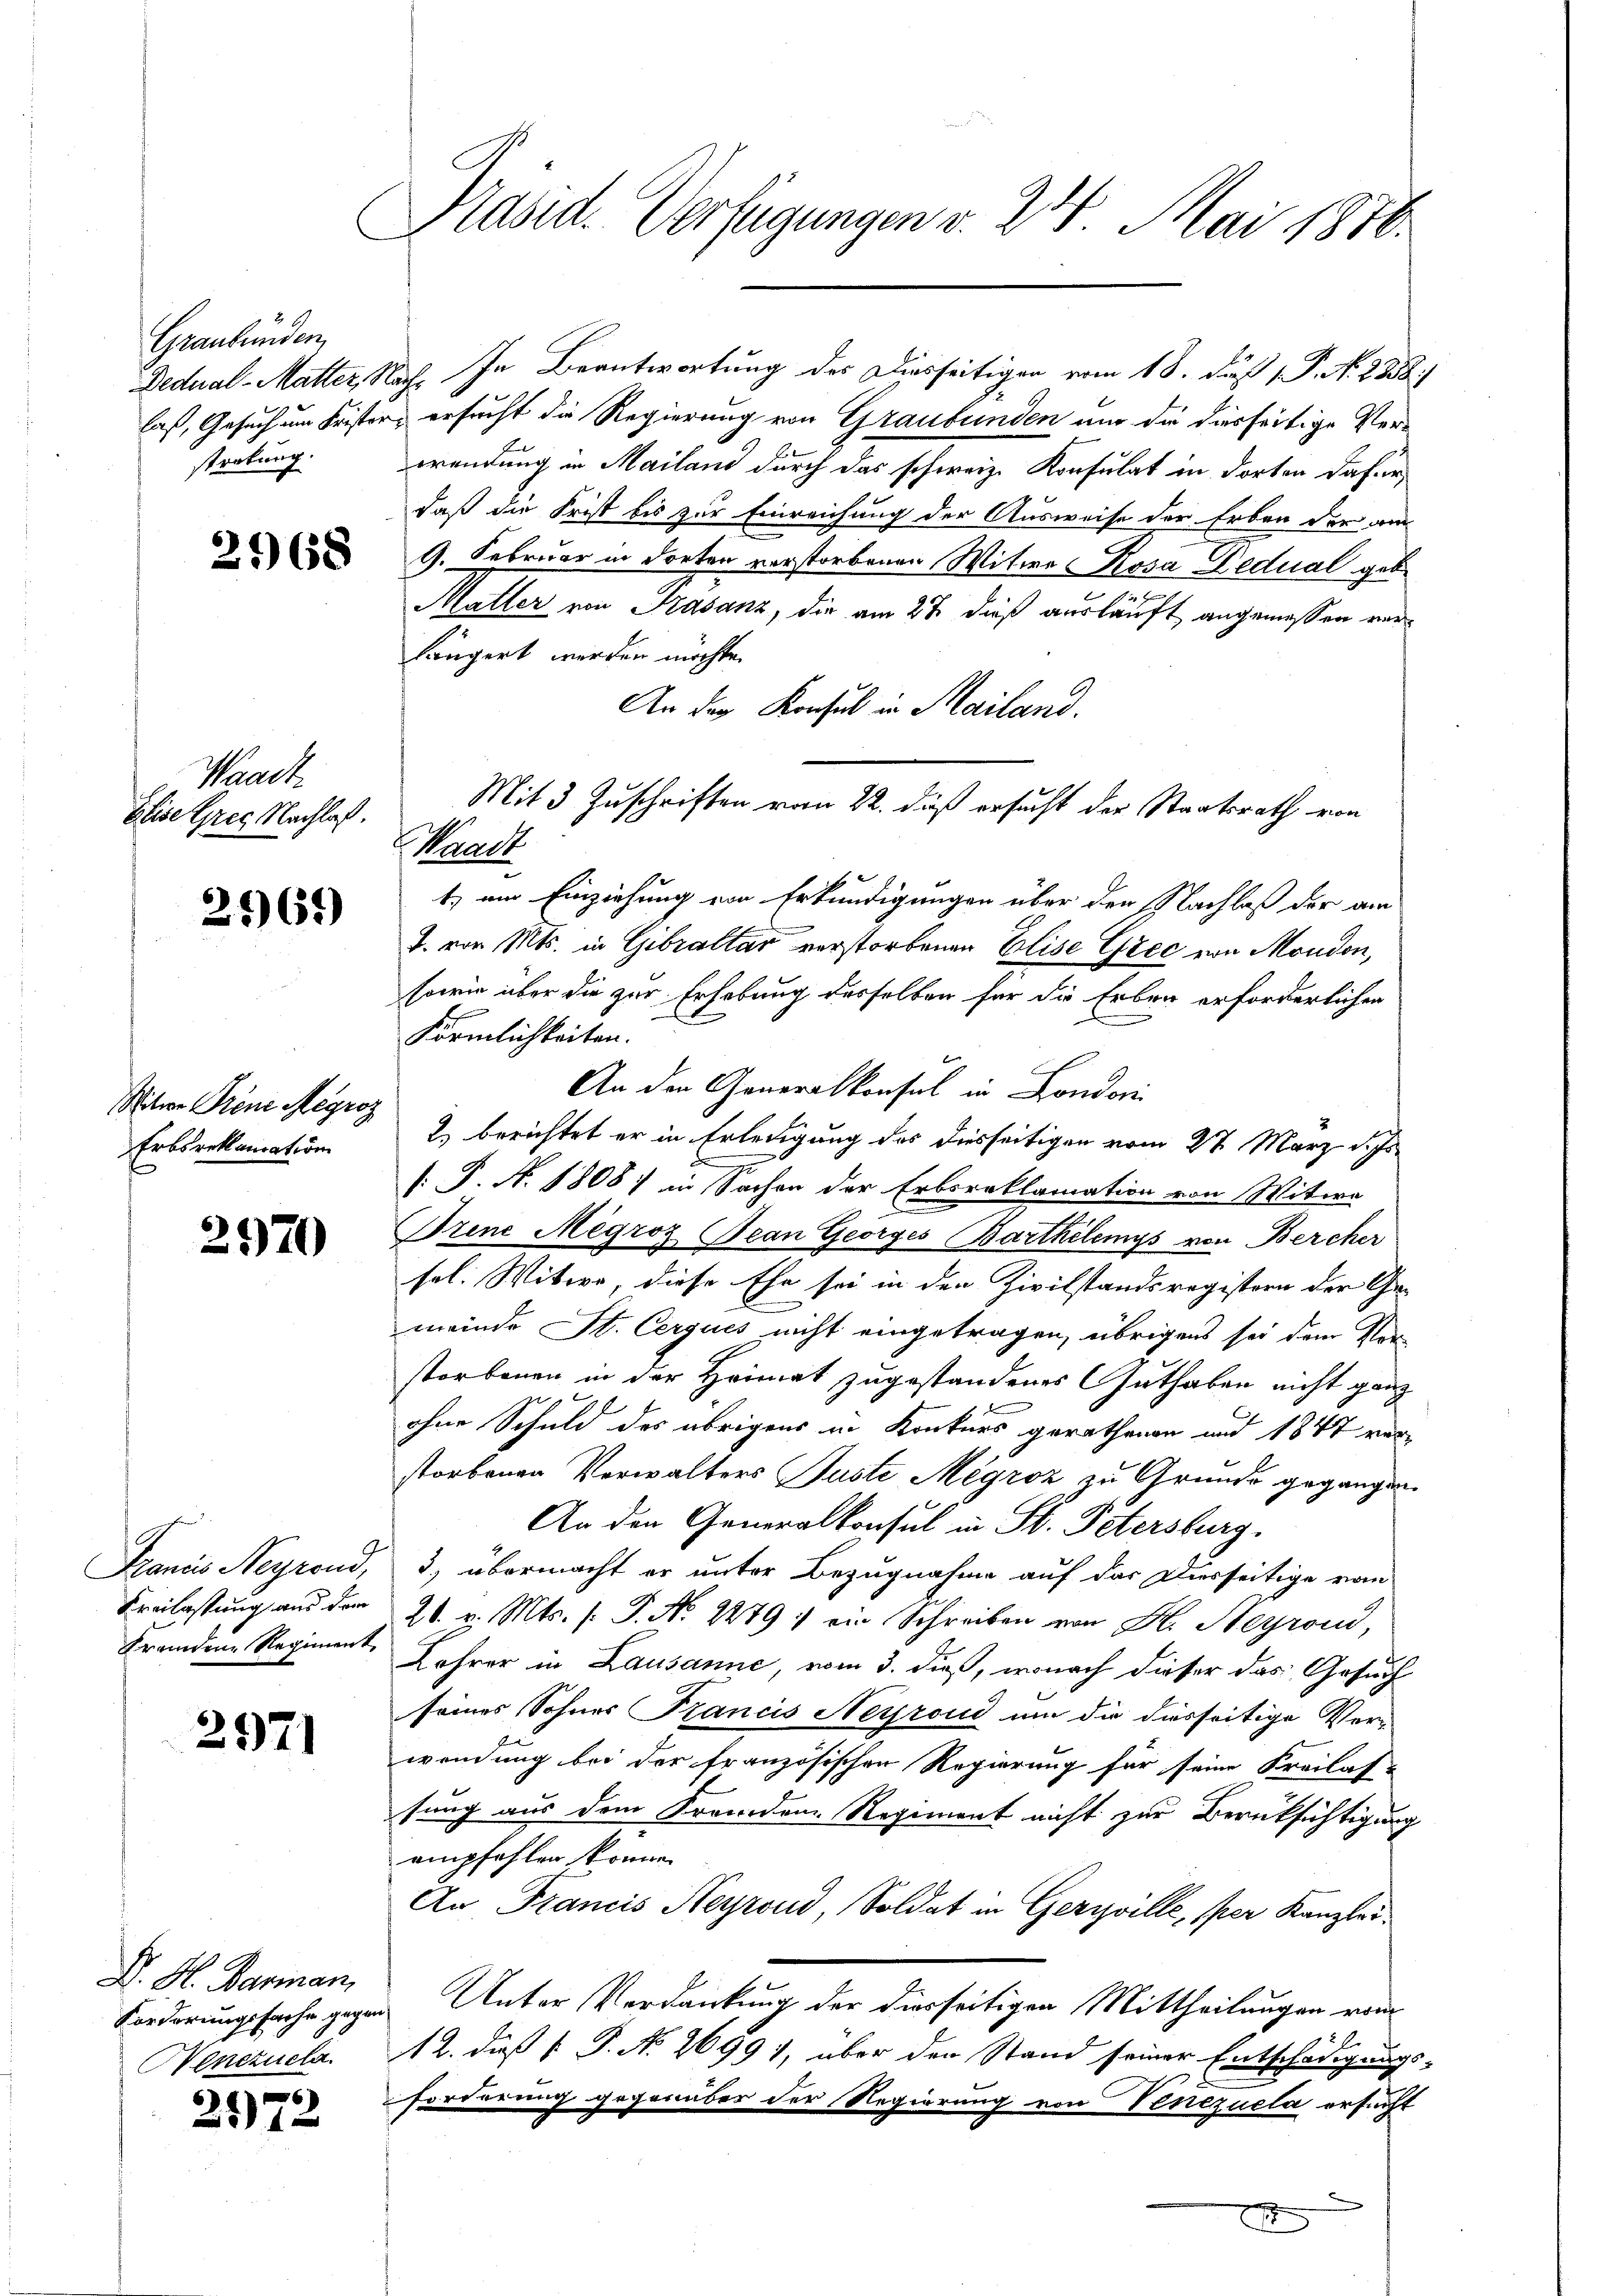
Graubünden
stratung.

2168

Waadt
Elise Greg Nachlaß.

2561)

Miter Grenz Megroz
Erbsreklamation

2970

Francis Neyrond,
Kreilastung ans dem
Fremden Regiment

297)

D. H. Barman
Nenezuela

2
251.

Präsid. Verfügungen v. 24. Mai 1876.

laß, Gesuch um Frister, ersucht die Regierung von Graubünden und die diesfertige Verwrendung in Mailand durch das schweize Konfulat in dorten dafür,
daß die Frist bis zur Einreichung der Ausweise der Erben der am
9. Februar in dorten verstorbenen Witwe Rosa Dedual geb.
 B
Maller von Kasanz, die am 28 dieß ausläuft angemessen werlängert werden möchte.
An der Konsul in Mailand.
Mit 3 Zuschriften vom 22. daß ersucht der Staatsrath von
Kant
t) am Einziehung von Erkundigungen über den Nachlaß der am
J. von Mts. in Gibraltar verstorbenen Elise Grec von Moudon,
sowie über die zur Erhebung desselben für die Erben erforderlichen
Förmlichkeiten.
An den Generalkonsul in Londoni
2) berichtet er in Erledigung des diesseitigen vom 27. März d. Js.
[: P. N. 1808. in Sachen der Erbsreklamation von Witwe
Brine Megroz Bean Georges Barthilemys von Bercher
sel. Witwe, diese Ehe sei in den Zivilstandsregistern der Ge-
meinde St. Cerques nicht eingetragen, übrigens sei dem Ver-
storbenen in der Heimat zugestandenes Guthaben nicht ganz
ohne Schuld des übrigens in Konkurs gerathenen und 1847 verstorbenen Verwalters Juste Megroz zu Grunde gegangen.
An den Generalkonsul in St. Petersburg.
3.) übermacht er unter Bezugnahme auf das Diesseitige von
26. v. Mts. (T. No. 2279 :/ ein Schreiben von H. Heyrand,
 Lehrer in Lausanne, vom 3. dieß, wonach dieser das Gesuch
seines Sohnes Francis Neyroud um die diesseitige Verwendung bei der französischen Regierung für seine Freilas-
sung aus dem Fremden Regiment nicht zur Berüksichtigung
empfehlen könne.
An Francis Neyroud, Soldat in Geriville, sper Kanzlei¬
Forderungssache gegen Unter Verdankung der dierseitigen Mittheilungen vom
12. daß P. P. No. 2699), über der Stand seiner Entschädigungs-
forderung gegenüber der Regierung von Venezuela ersucht

Dedual-Matter, Nach In Beantwortung des Diesseitigen vom 18. daß P. N. 2858)

x